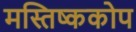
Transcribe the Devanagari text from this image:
मस्तिष्ककोप